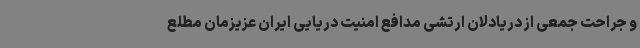
و جراحت جمعی از دریادلان ارتشی مدافع امنیت دریایی ایران عزیزمان مطلع